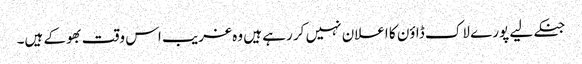
جنکے لیے پورے لاک ڈاؤن کا اعلان نہیں کر رہے ہیں وہ غریب اس وقت بھوکے ہیں۔